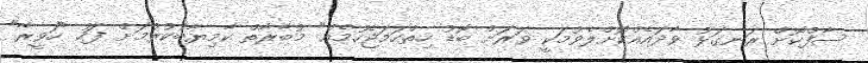
ސާފްކޮށް ރަނގަޅު ވާދައެއްކޮށްލެވުމަކީ ވަރަށް ބޮޑު ހިތްހަމަޖެހުމެއް" މުބާރާތް ކާމިޔާބުކުރުމަށް ފަހު "ހަވީރާ"